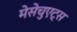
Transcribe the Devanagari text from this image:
मेसेचुएट्स